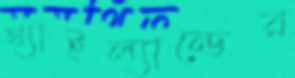
থ্যাইল্যান্ডের